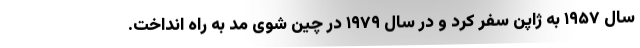
سال ۱۹۵۷ به ژاپن سفر کرد و در سال ۱۹۷۹ در چین شوی مُد به راه انداخت.